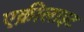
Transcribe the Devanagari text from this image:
एक्रीलाइट